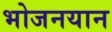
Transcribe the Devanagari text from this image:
भोजनयान